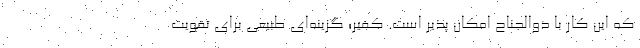
که این کار با ذوالجناح امکان پذیر است. کفیر؛ گزینه‌ای طبیعی برای تقویت